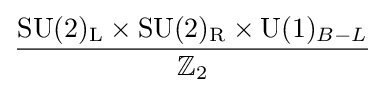
{\frac {\mathrm {SU} (2)_{\text{L}}\times \mathrm {SU} (2)_{\text{R}}\times \mathrm {U} (1)_{B-L}}{\mathbb {Z} _{2}}}